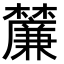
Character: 𭬴